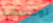
توقعها